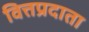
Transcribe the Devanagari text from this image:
वित्तप्रदाता